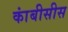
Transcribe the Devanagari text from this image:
कांबीसीस